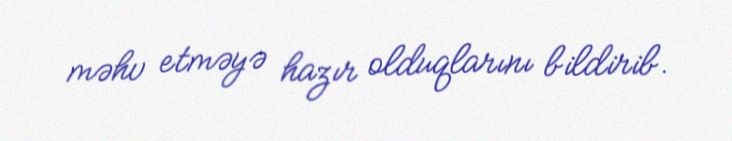
məhv etməyə hazır olduqlarını bildirib.